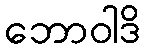
ဘောဝါဒိ